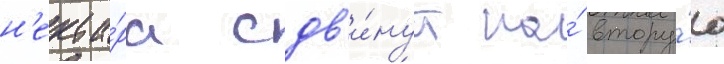
н'екта́ра сдв'и́нут на́ втору́ю